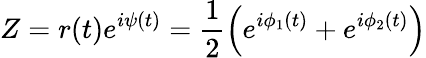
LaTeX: Z=r(t)e^{i\psi(t)}=\frac{1}{2}\left(e^{i\phi_{1}(t)}+e^{i\phi_{2}(t)}\right)